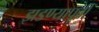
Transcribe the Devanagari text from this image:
झडण्यापूर्वी